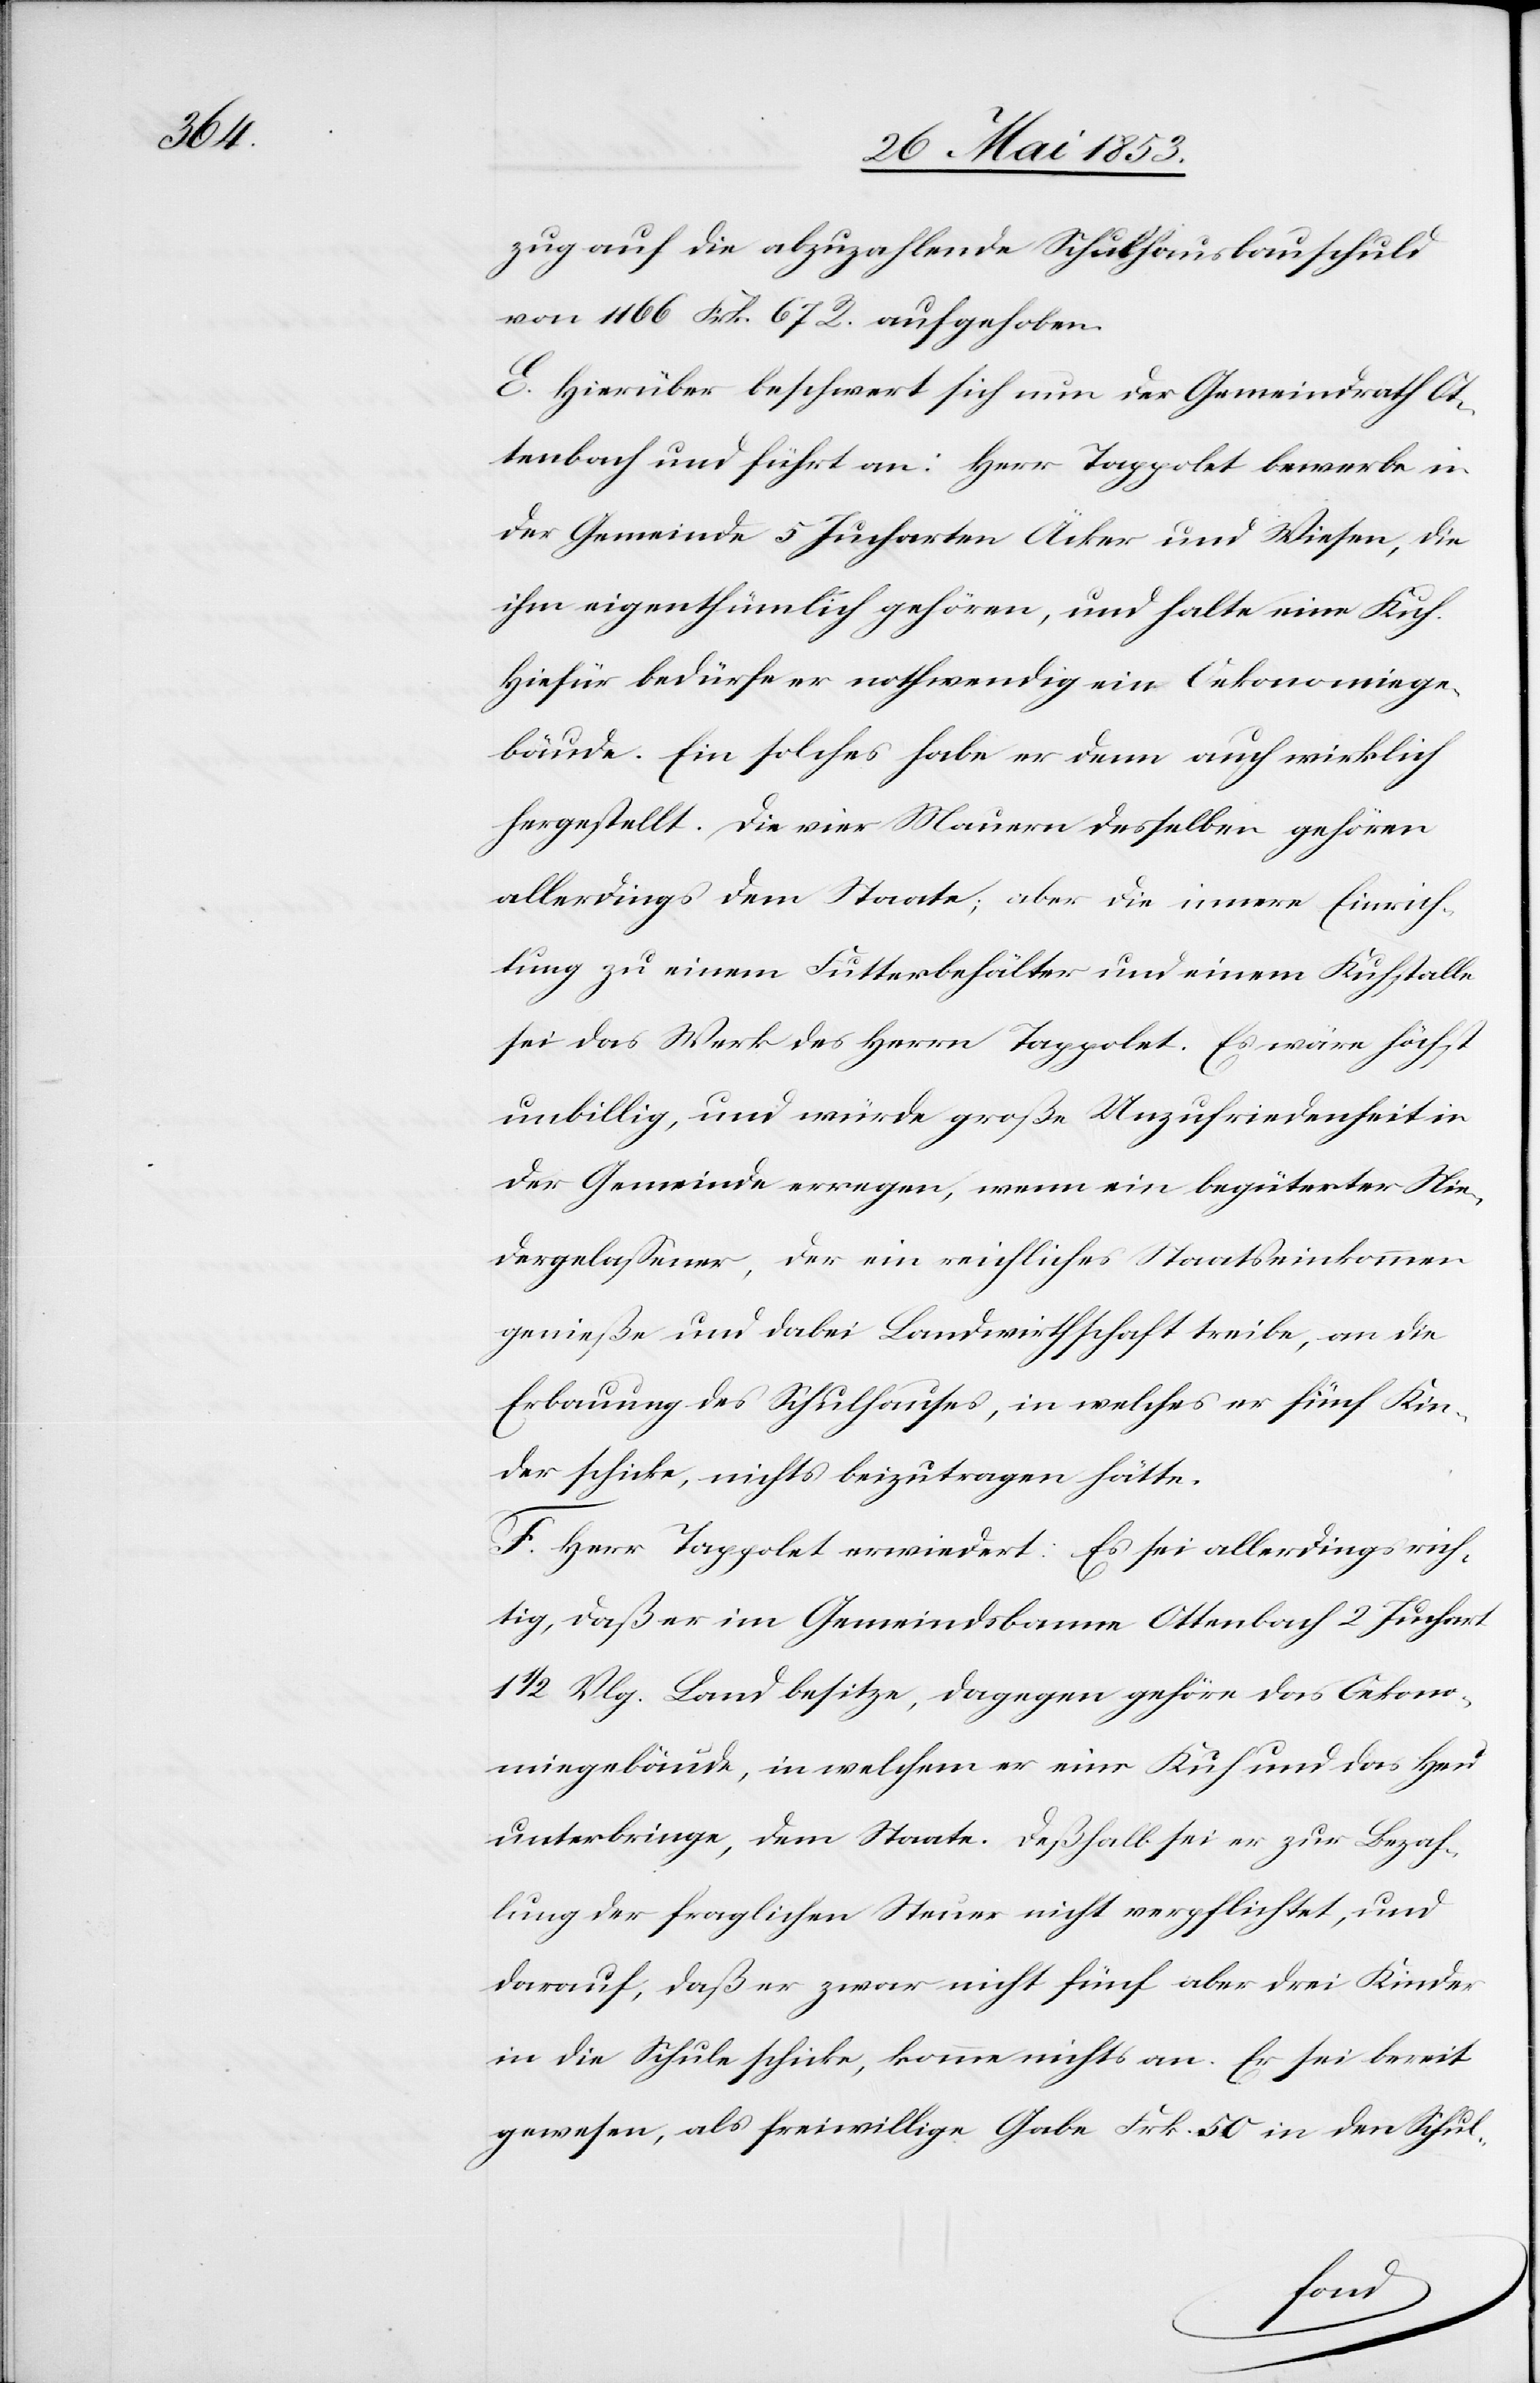
zug auf die abzuzahlende Schulhausbauschuld
von 1166 Frk. 67 Rp. aufgehoben.
E. Hierüber beschwert sich nun der Gemeindrath Ot¬
tenbach und führt an: Herr Tappolet bewerbe in
der Gemeinde 5 Jucharten Äcker und Wiesen, die
ihm eigenthümlich gehören, und halte eine Kuh.
Hiefür bedürfe er nothwendig ein Oekonomiege¬
bäude. Ein solches habe er denn auch wirklich
hergestellt. Die vier Mauern desselben gehören
allerdings dem Staate; aber die innere Einrich¬
tung zu einem Futterbehälter und einem Kuhstalle
sei das Werk des Herrn Tappolet. Es wäre höchst
unbillig, und würde große Unzufriedenheit in
der Gemeinde erregen, wenn ein begüterter Nie¬
dergelaßener, der ein reichliches Staatseinkommen
genieße und dabei Landwirthschaft treibe, an die
Erbauung des Schulhauses, in welches er fünf Kin¬
der schicke, nichts beizutragen hätte.
F. Herr Tappolet erwiedert: Es sei allerdings rich¬
tig, daß er im Gemeindsbanne Ottenbach 2 Juchart
1/2 Vlg. Land besitze, dagegen gehöre das Oekono¬
miegebäude, in welchem er eine Kuh und das Heu
unterbringe, dem Staate. Deßhalb sei er zu Bezah¬
lung der fraglichen Steuer nicht verpflichtet, und
darauf, daß er zwar nicht fünf aber drei Kinder
in die Schule schicke, komme nichts an. Er sei bereit
gewesen, als freiwillige Gabe Frk. 50 in den Schul-